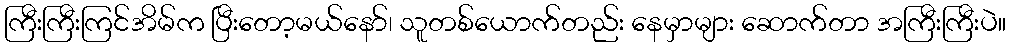
ကြီးကြီးကြင်အိမ်က ပြီးတော့မယ်နော်၊ သူတစ်ယောက်တည်း နေမှာများ ဆောက်တာ အကြီးကြီးပဲ။